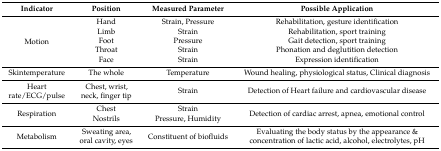
<table><thead><tr><td><b>Indicator</b></td><td><b>Position</b></td><td><b>Measured Parameter</b></td><td><b>Possible Application</b></td></tr></thead><tbody><tr><td rowspan="5">Motion</td><td>Hand</td><td>Strain, Pressure</td><td>Rehabilitation, gesture identification</td></tr><tr><td>Limb</td><td>Strain</td><td>Rehabilitation,sport training</td></tr><tr><td>Foot</td><td>Pressure</td><td>Gait detection, sport training</td></tr><tr><td>Throat</td><td>Strain</td><td>Phonation and deglutition detection</td></tr><tr><td>Face</td><td>Strain</td><td>Expression identification</td></tr><tr><td>Skintemperature</td><td>The whole</td><td>Temperature</td><td>Wound healing, physiological status, Clinical diagnosis</td></tr><tr><td>Heart rate/ECG/pulse</td><td>Chest, wrist, neck, finger tip</td><td>Strain</td><td>Detection of Heart failure and cardiovascular disease</td></tr><tr><td rowspan="2">Respiration</td><td>Chest</td><td>Strain</td><td rowspan="2">Detection of cardiac arrest, apnea, emotional control</td></tr><tr><td>Nostrils</td><td>Pressure, Humidity</td></tr><tr><td>Metabolism</td><td>Sweating area, oral cavity, eyes</td><td>Constituent of biofluids</td><td>Evaluating the body status by the appearance &amp; concentration of lactic acid, alcohol, electrolytes, pH</td></tr></tbody></table>